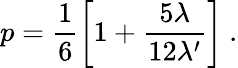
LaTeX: p={\frac{1}{6}}\biggl[1+{\frac{5\lambda}{12\lambda^{\prime}}}\biggr]\ .